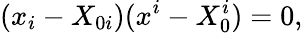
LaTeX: (x_{i}-X_{0i})(x^{i}-X_{0}^{i})=0,